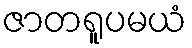
ဇာတရူပမယံ